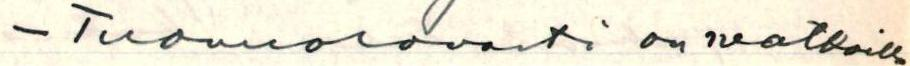
- Tuomiorovasti on matkoilla